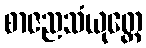
စာဇညသံယုတ္တေ